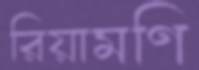
রিয়ামণি